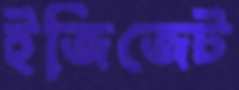
ইজিজেট